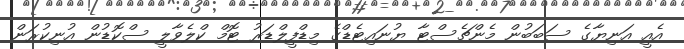
އެއީ އަނިޔާގެ ސަބަބުން މެންޗެސްޓާ ޔުނައިޓެޑްގެ މިޑްފީލްޑަރު ޓޮމް ކްލެވާލީ ސްކޮޑުން އުނިކުރަން